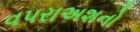
વપરાઅશનો